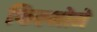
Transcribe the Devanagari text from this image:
फिल्मोमे